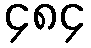
၄၈၄